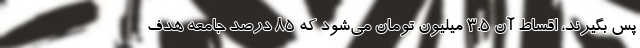
پس بگیرند، اقساط آن ۳.۵ میلیون تومان می‌شود که ۸۵ درصد جامعه هدف